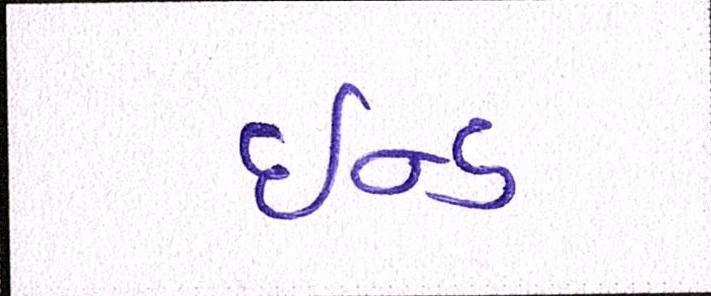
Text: ઇન્ડ